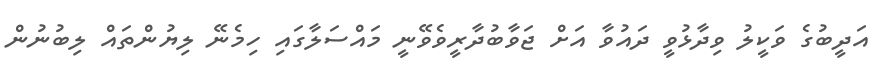
އަދީބުގެ ވަކީލު ވިދާޅުވީ ދައުވާ އަށް ޖަވާބުދާރީވެވޭނީ މައްސަލާގައި ހިމެނޭ ލިޔުންތައް ލިބުނުން